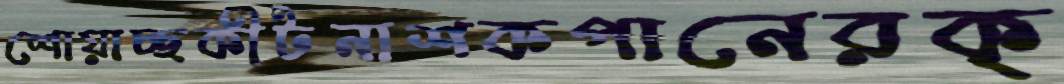
শোয়াচ্ছকীটনাশকপানেরক্